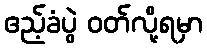
ဧည့်ခံပွဲ ဝတ်လို့ရမှာ